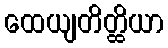
ထေယျတိတ္ထိယာ